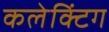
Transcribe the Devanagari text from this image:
कलेक्टिंग